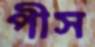
পীস